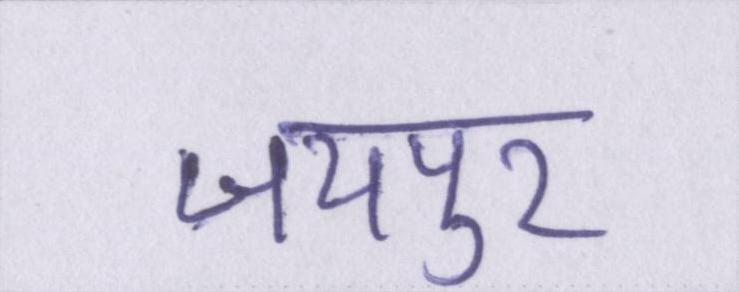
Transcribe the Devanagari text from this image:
जयपुर